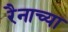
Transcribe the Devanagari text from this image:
रैनाच्या